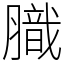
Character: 膱